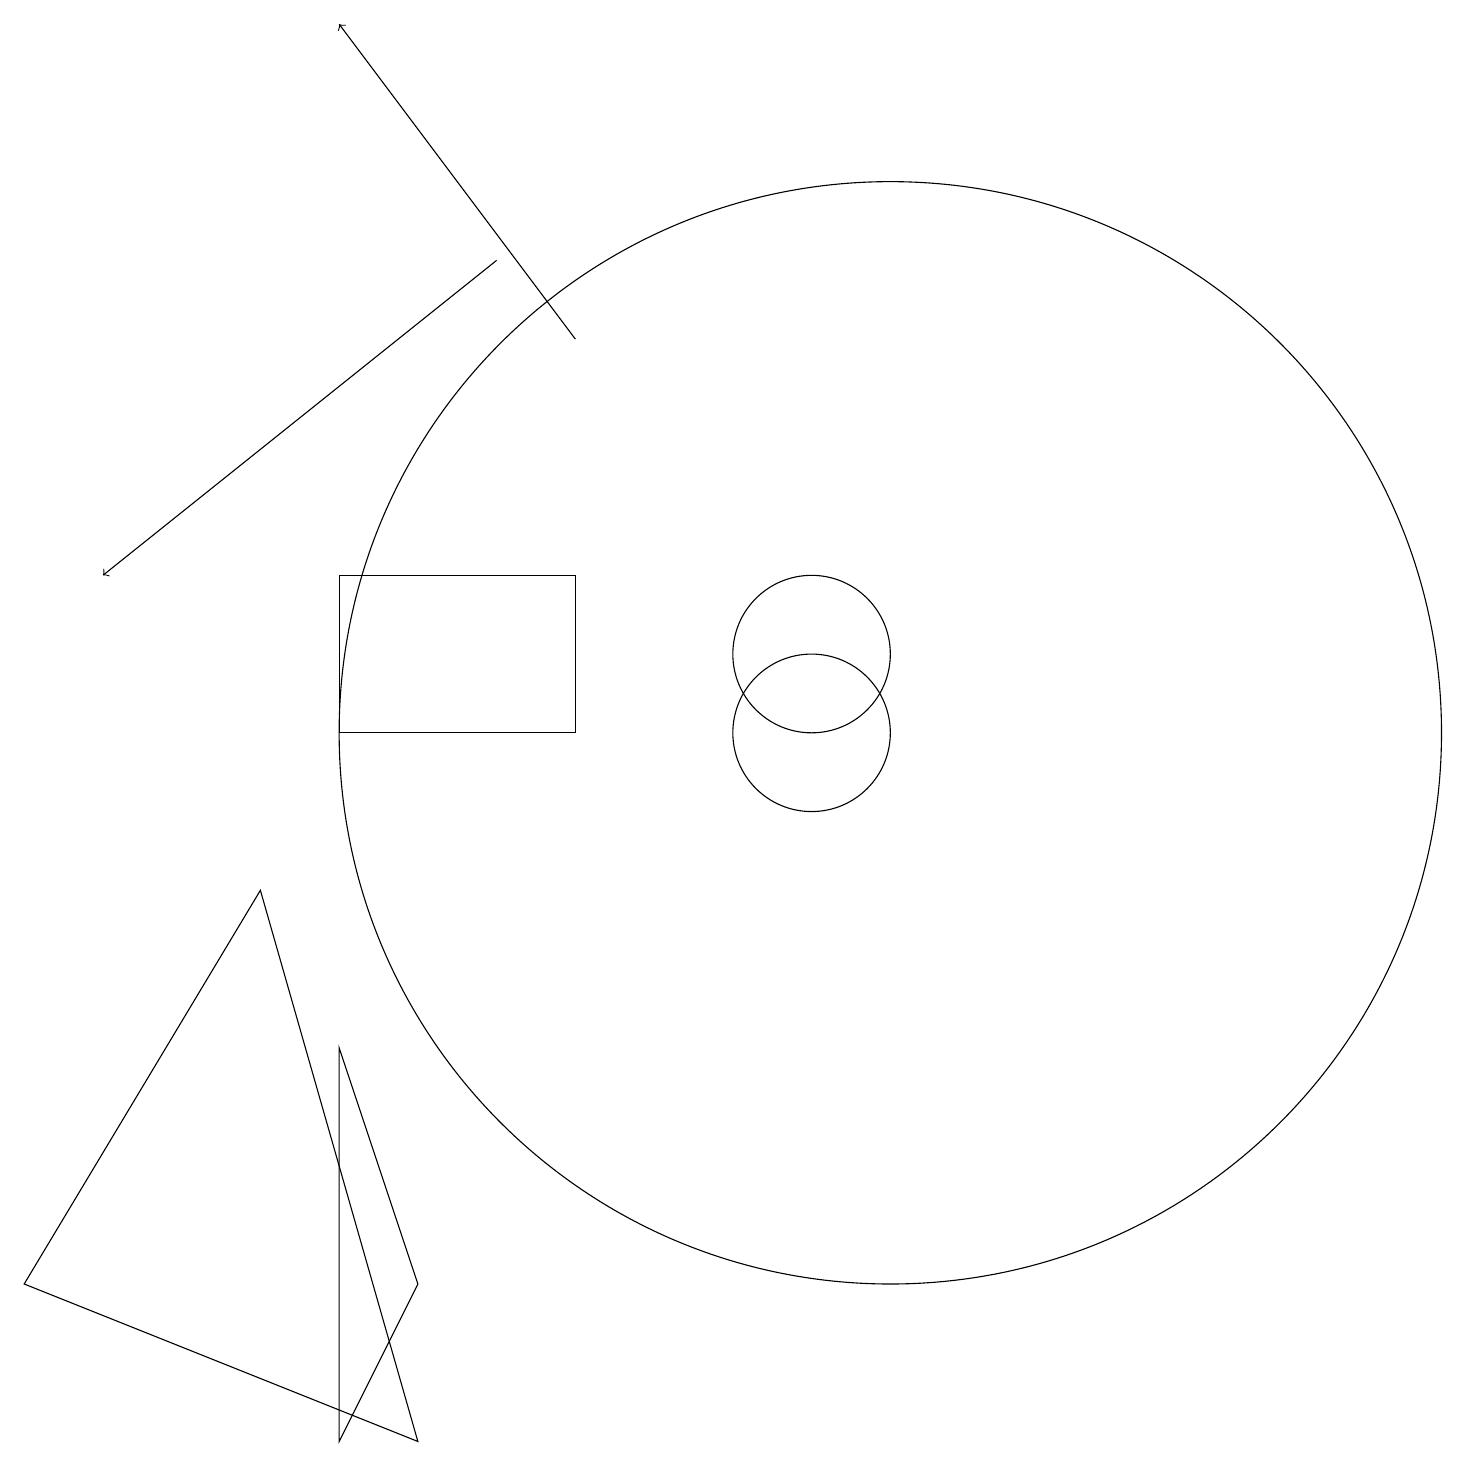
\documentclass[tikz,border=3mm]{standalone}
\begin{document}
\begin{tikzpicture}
\draw (4,6) -- (5,3) -- (4,1) -- cycle;
\draw[->] (6,16) -- (1,12);
\draw (10,11) circle (1);
\draw (4,10) rectangle (7,12);
\draw[->] (7,15) -- (4,19);
\draw (11,10) circle (7);
\draw (0,3) -- (5,1) -- (3,8) -- cycle;
\draw (10,10) circle (1);
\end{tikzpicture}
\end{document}